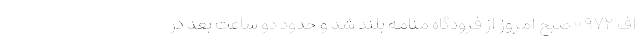
اف ۹۷۲» صبح امروز از فرودگاه منامه بلند شد و حدود دو ساعت بعد در